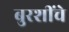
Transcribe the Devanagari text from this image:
बुरशींचे